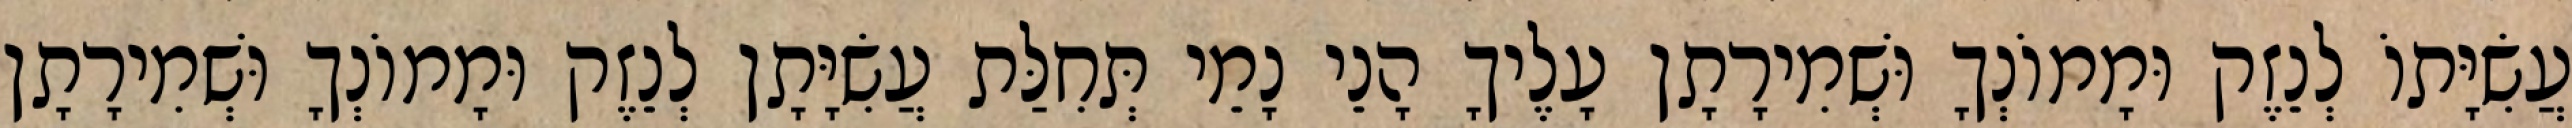
עֲשִׂיָּתוֹ לְנֵזֶק וּמָמוֹנְךָ וּשְׁמִירָתָן עָלֶיךָ הָנֵי נָמֵי תְּחִלַּת עֲשִׂיָּתָן לְנֵזֶק וּמָמוֹנְךָ וּשְׁמִירָתָן